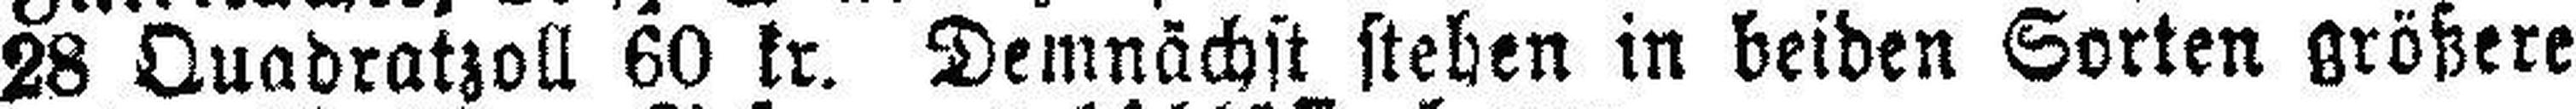
28 Quadratzoll 60 kr. Demnächst stehen in beiden Sorten größere